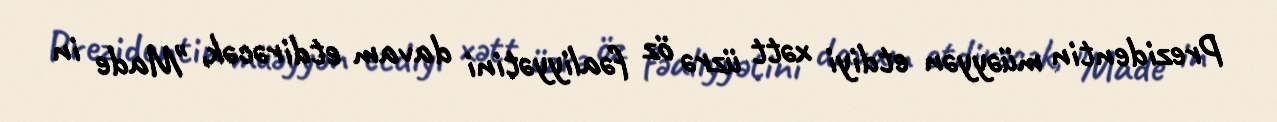
Prezidentin müəyyən etdiyi xətt üzrə öz fəaliyyətini davam etdirəcək, "Made in